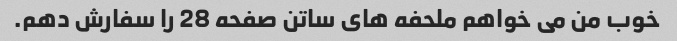
خوب من می خواهم ملحفه های ساتن صفحه 28 را سفارش دهم.